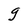
Character: g